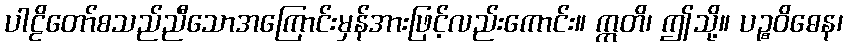
ပါဠိတော်စသည်ညီသောအကြောင်းမှန်အားဖြင့်လည်းကောင်း။ ဣတိ၊ ဤသို့။ ပဉ္စဝိဓေန၊